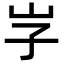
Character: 𡵇